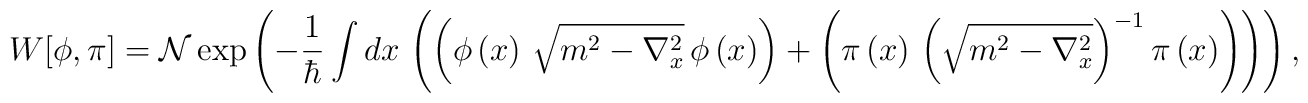
W[\phi,\pi] =\mathcal{N}\exp\left(  -\frac{1}{\hbar}\int dx\,\left(  \left(  \phi\left(  x\right)  \,\sqrt{m^{2}-\nabla_{x}^{2}}\,\phi\left(  x\right)\right) + \left(  {\pi}\left(  x\right)  \,\left(\sqrt{m^{2}-\nabla_{x}^{2}}\right) ^{-1} {\pi}\left(  x\right)  \right) \right) \right) ,